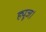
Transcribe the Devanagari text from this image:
ह्यूज।